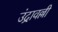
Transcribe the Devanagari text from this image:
उंद्रावल्ली